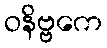
ဝနိဗ္ဗကေ